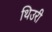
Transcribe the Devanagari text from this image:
थिउरी